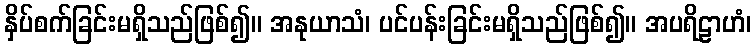
နှိပ်စက်ခြင်းမရှိသည်ဖြစ်၍။ အနုယာသံ၊ ပင်ပန်းခြင်းမရှိသည်ဖြစ်၍။ အပရိဠာဟံ၊